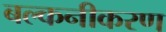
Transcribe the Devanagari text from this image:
बल्कनीकरण